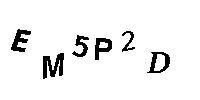
EM5P2D